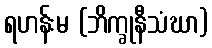
ရဟန်းမ (ဘိက္ခုနီသံဃာ)